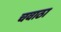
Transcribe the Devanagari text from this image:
चवाठा